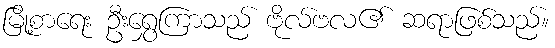
မြို့စာရေး ဦးရွှေကြာသည် ဗိုလ်ဗလ၏ ဆရာဖြစ်သည်။